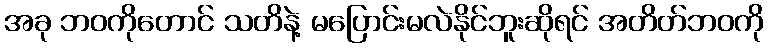
အခု ဘဝကိုတောင် သတိနဲ့ မပြောင်းမလဲနိုင်ဘူးဆိုရင် အတိတ်ဘဝကို